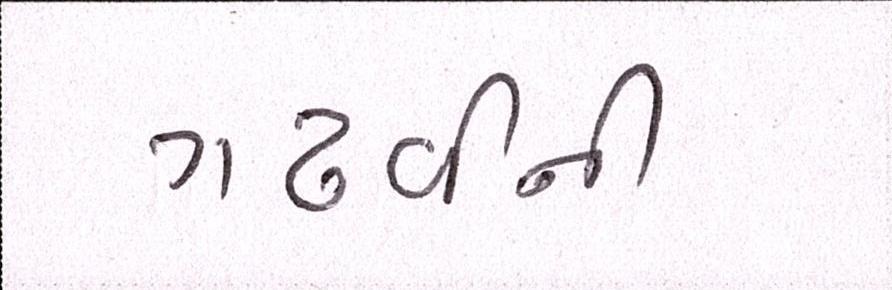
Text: ગઢવીની